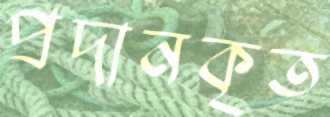
প্রদানকৃত